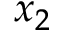
x _ { 2 }